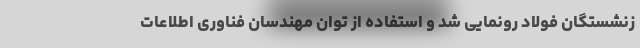
زنشستگان فولاد رونمایی شد و استفاده از توان مهندسان فناوری اطلاعات